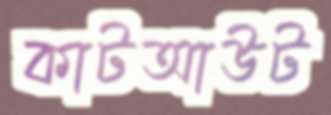
কাটআউট